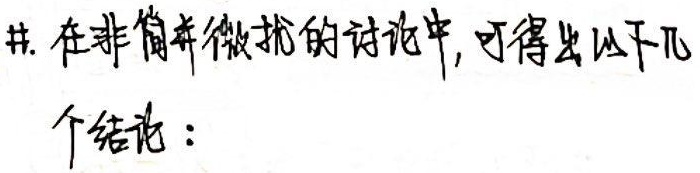
在非简并微扰的讨论中, 可得出以下几个结论：